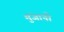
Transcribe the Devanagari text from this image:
मुंजानी